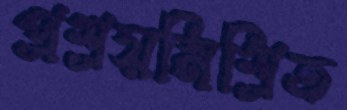
প্রশ্রয়মিশ্রিত